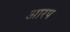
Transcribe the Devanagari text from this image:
आरप